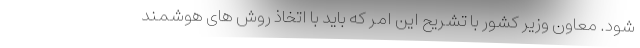
شود. معاون وزیر کشور با تشریح این امر که باید با اتخاذ روش های هوشمند